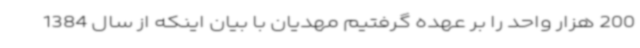
200 هزار واحد را بر عهده گرفتیم مهدیان با بیان اینکه از سال 1384